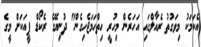
އެކަމަކު މިވަގުތު ރެއާލްގައި އަހަރެން މިހުރީ ހިތްހަމަޖެހިގެން" ދުނިޔޭގެ ރެކޯޑް ފީއަކަށް މީގެ